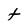
Character: t